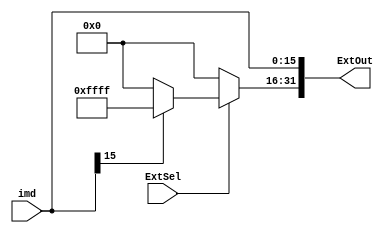
`timescale 1ns / 1ps
//////////////////////////////////////////////////////////////////////////////////
// Company: 
// Engineer: 
// 
// Design Name: 
// Module Name: Extend
// Project Name: 
// Target Devices: 
// Tool Versions: 
// Description: 
// 
// Dependencies: 
// 
// Revision:
// Revision 0.01 - File Created
// Additional Comments:
// 
//////////////////////////////////////////////////////////////////////////////////


module Extend(
    input[15:0] imd,
    input ExtSel,
    output [31:0] ExtOut
    );
    
    assign ExtOut[15:0] = imd;    
    assign ExtOut[31:16] = (ExtSel ? (imd[15] ? 16'hffff: 16'h0000) : 16'h0000);
endmodule